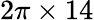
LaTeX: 2\pi\times 14